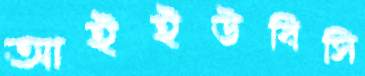
আইইউবিসি